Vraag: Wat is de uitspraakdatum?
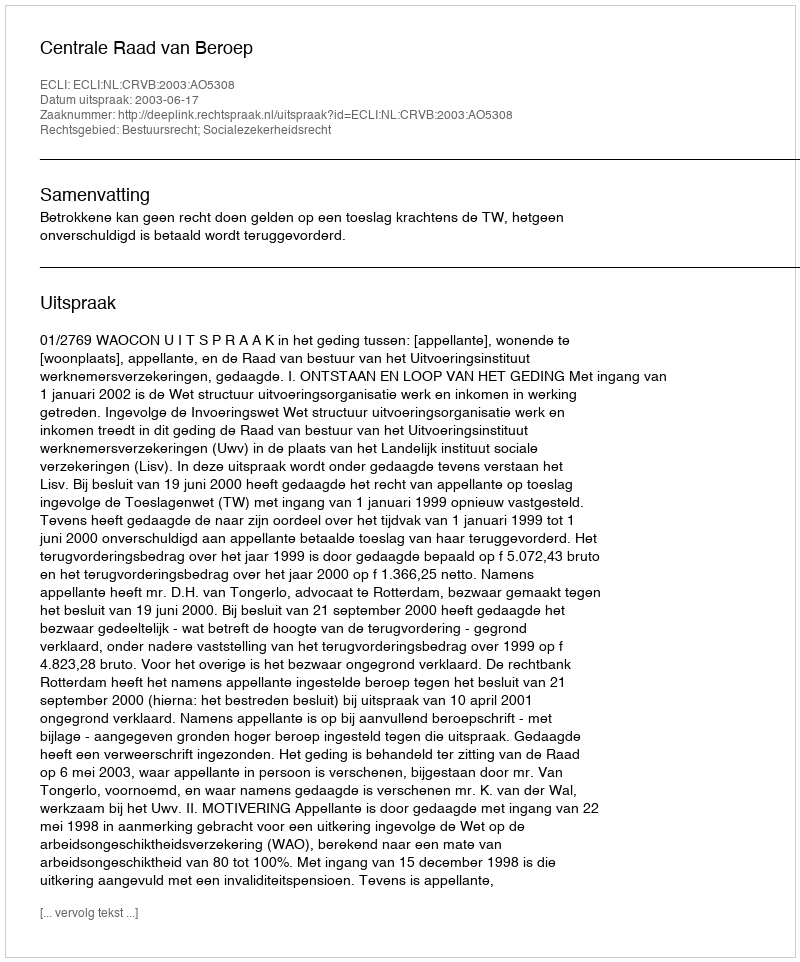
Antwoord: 2003-06-17